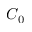
C _ { 0 }